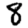
Digit: 8